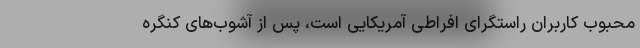
محبوب کاربران راستگرای افراطی آمریکایی است، پس از آشوب‌های کنگره